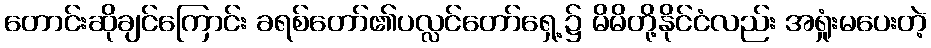
တောင်းဆိုချင်ကြောင်း ခရစ်တော်၏ပလ္လင်တော်ရှေ့၌ မိမိတို့နိုင်ငံလည်း အရှုံးမပေးတဲ့